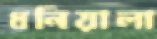
ধনিয়ালা